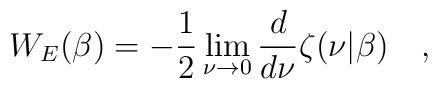
W_E(\beta)=-\frac 12 \lim_{\nu \rightarrow 0}{d \over d\nu}\zeta(\nu|\beta)~~~,